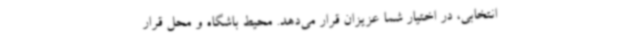
انتخابی، در اختیار شما عزیزان قرار می‌دهد. محیط باشگاه و محل قرار